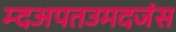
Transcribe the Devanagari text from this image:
म्दअपतउमदजंस